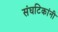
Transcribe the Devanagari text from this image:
संघटिकांनी